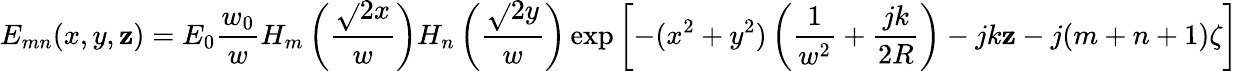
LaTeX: E_{mn}(x,y,\mathbf{z})=E_{0}{\frac{{w_{0}}}{{w}}}H_{m}\left({\frac{{{\sqrt{}{{2}}}x}}{{w}}}\right)H_{n}\left({\frac{{{\sqrt{}{{2}}}y}}{{w}}}\right)\exp\left[-(x^{2}+y^{2})\left({\frac{{1}}{{w^{2}}}}+{\frac{{jk}}{{2R}}}\right)-jk\mathbf{z}-j(m+n+1)\zeta\right]